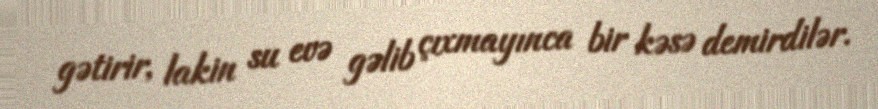
gətirir, lakin su evə gəlib çıxmayınca bir kəsə demirdilər.